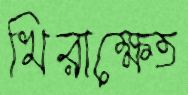
খিরাক্ষেত